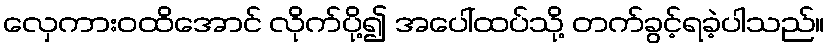
လှေကားဝထိအောင် လိုက်ပို့၍ အပေါ်ထပ်သို့ တက်ခွင့်ရခဲ့ပါသည်။